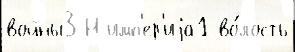
войны3 Н имп'ер'иjа1 во́лость